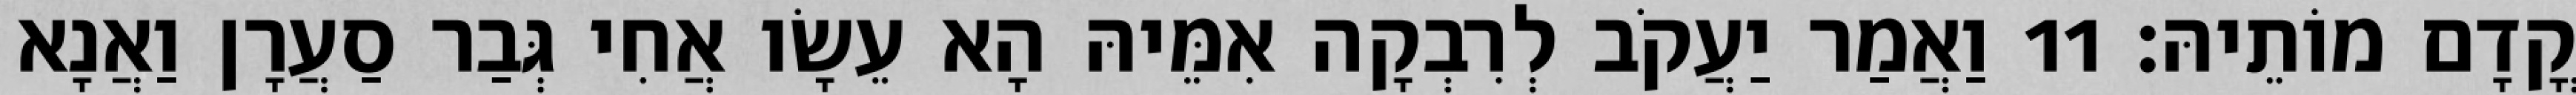
קֳדָם מוֹתֵיהּ׃ 11 וַאֲמַר יַעֲקֹב לְרִבְקָה אִמֵּיהּ הָא עֵשָׂו אֲחִי גְּבַר סַעֲרָן וַאֲנָא